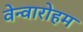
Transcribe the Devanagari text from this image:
वेन्वारोहम